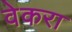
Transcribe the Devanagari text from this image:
वेकरा